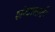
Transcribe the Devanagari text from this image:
शंखासाठी